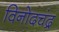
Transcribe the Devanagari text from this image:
विनोदचंद्र